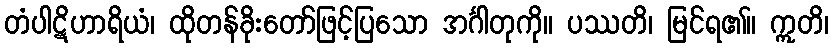
တံပါဋိဟာရိယံ၊ ထိုတန်ခိုးတော်ဖြင့်ပြသော အင်္ဂါတုကို။ ပဿတိ၊ မြင်ရ၏။ ဣတိ၊